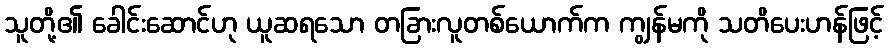
သူတို့၏ ခေါင်းဆောင်ဟု ယူဆရသော တခြားလူတစ်ယောက်က ကျွန်မကို သတိပေးဟန်ဖြင့်